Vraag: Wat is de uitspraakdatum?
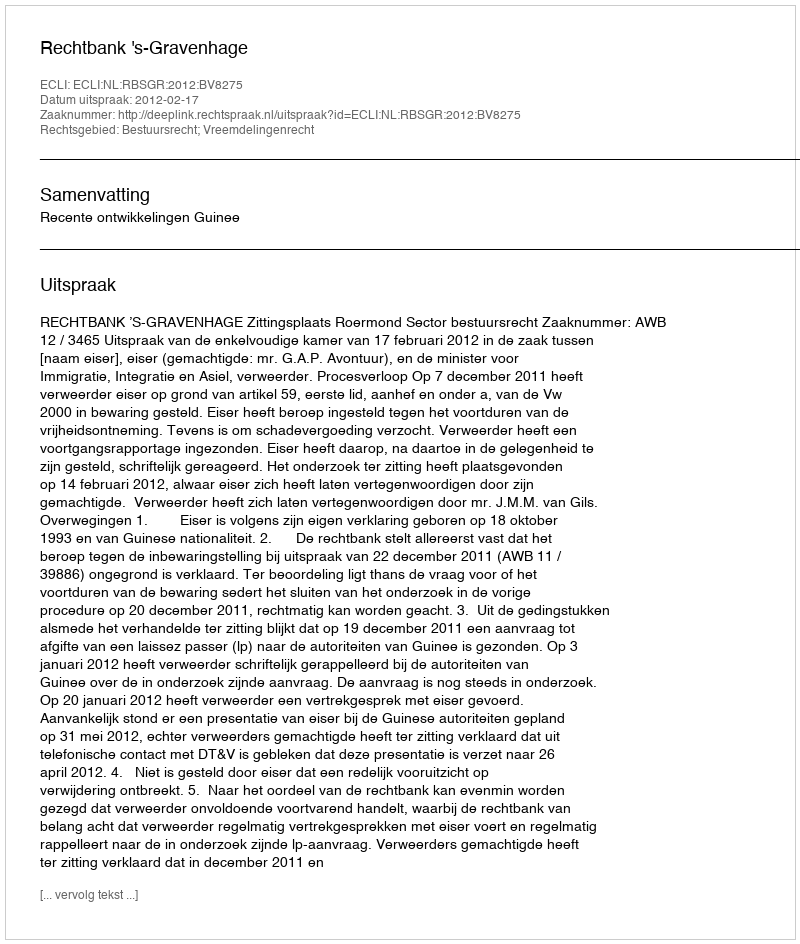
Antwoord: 2012-02-17